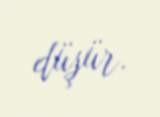
düşür.